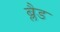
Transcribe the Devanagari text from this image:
ब्लैड